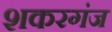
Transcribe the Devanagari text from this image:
शकरगंज